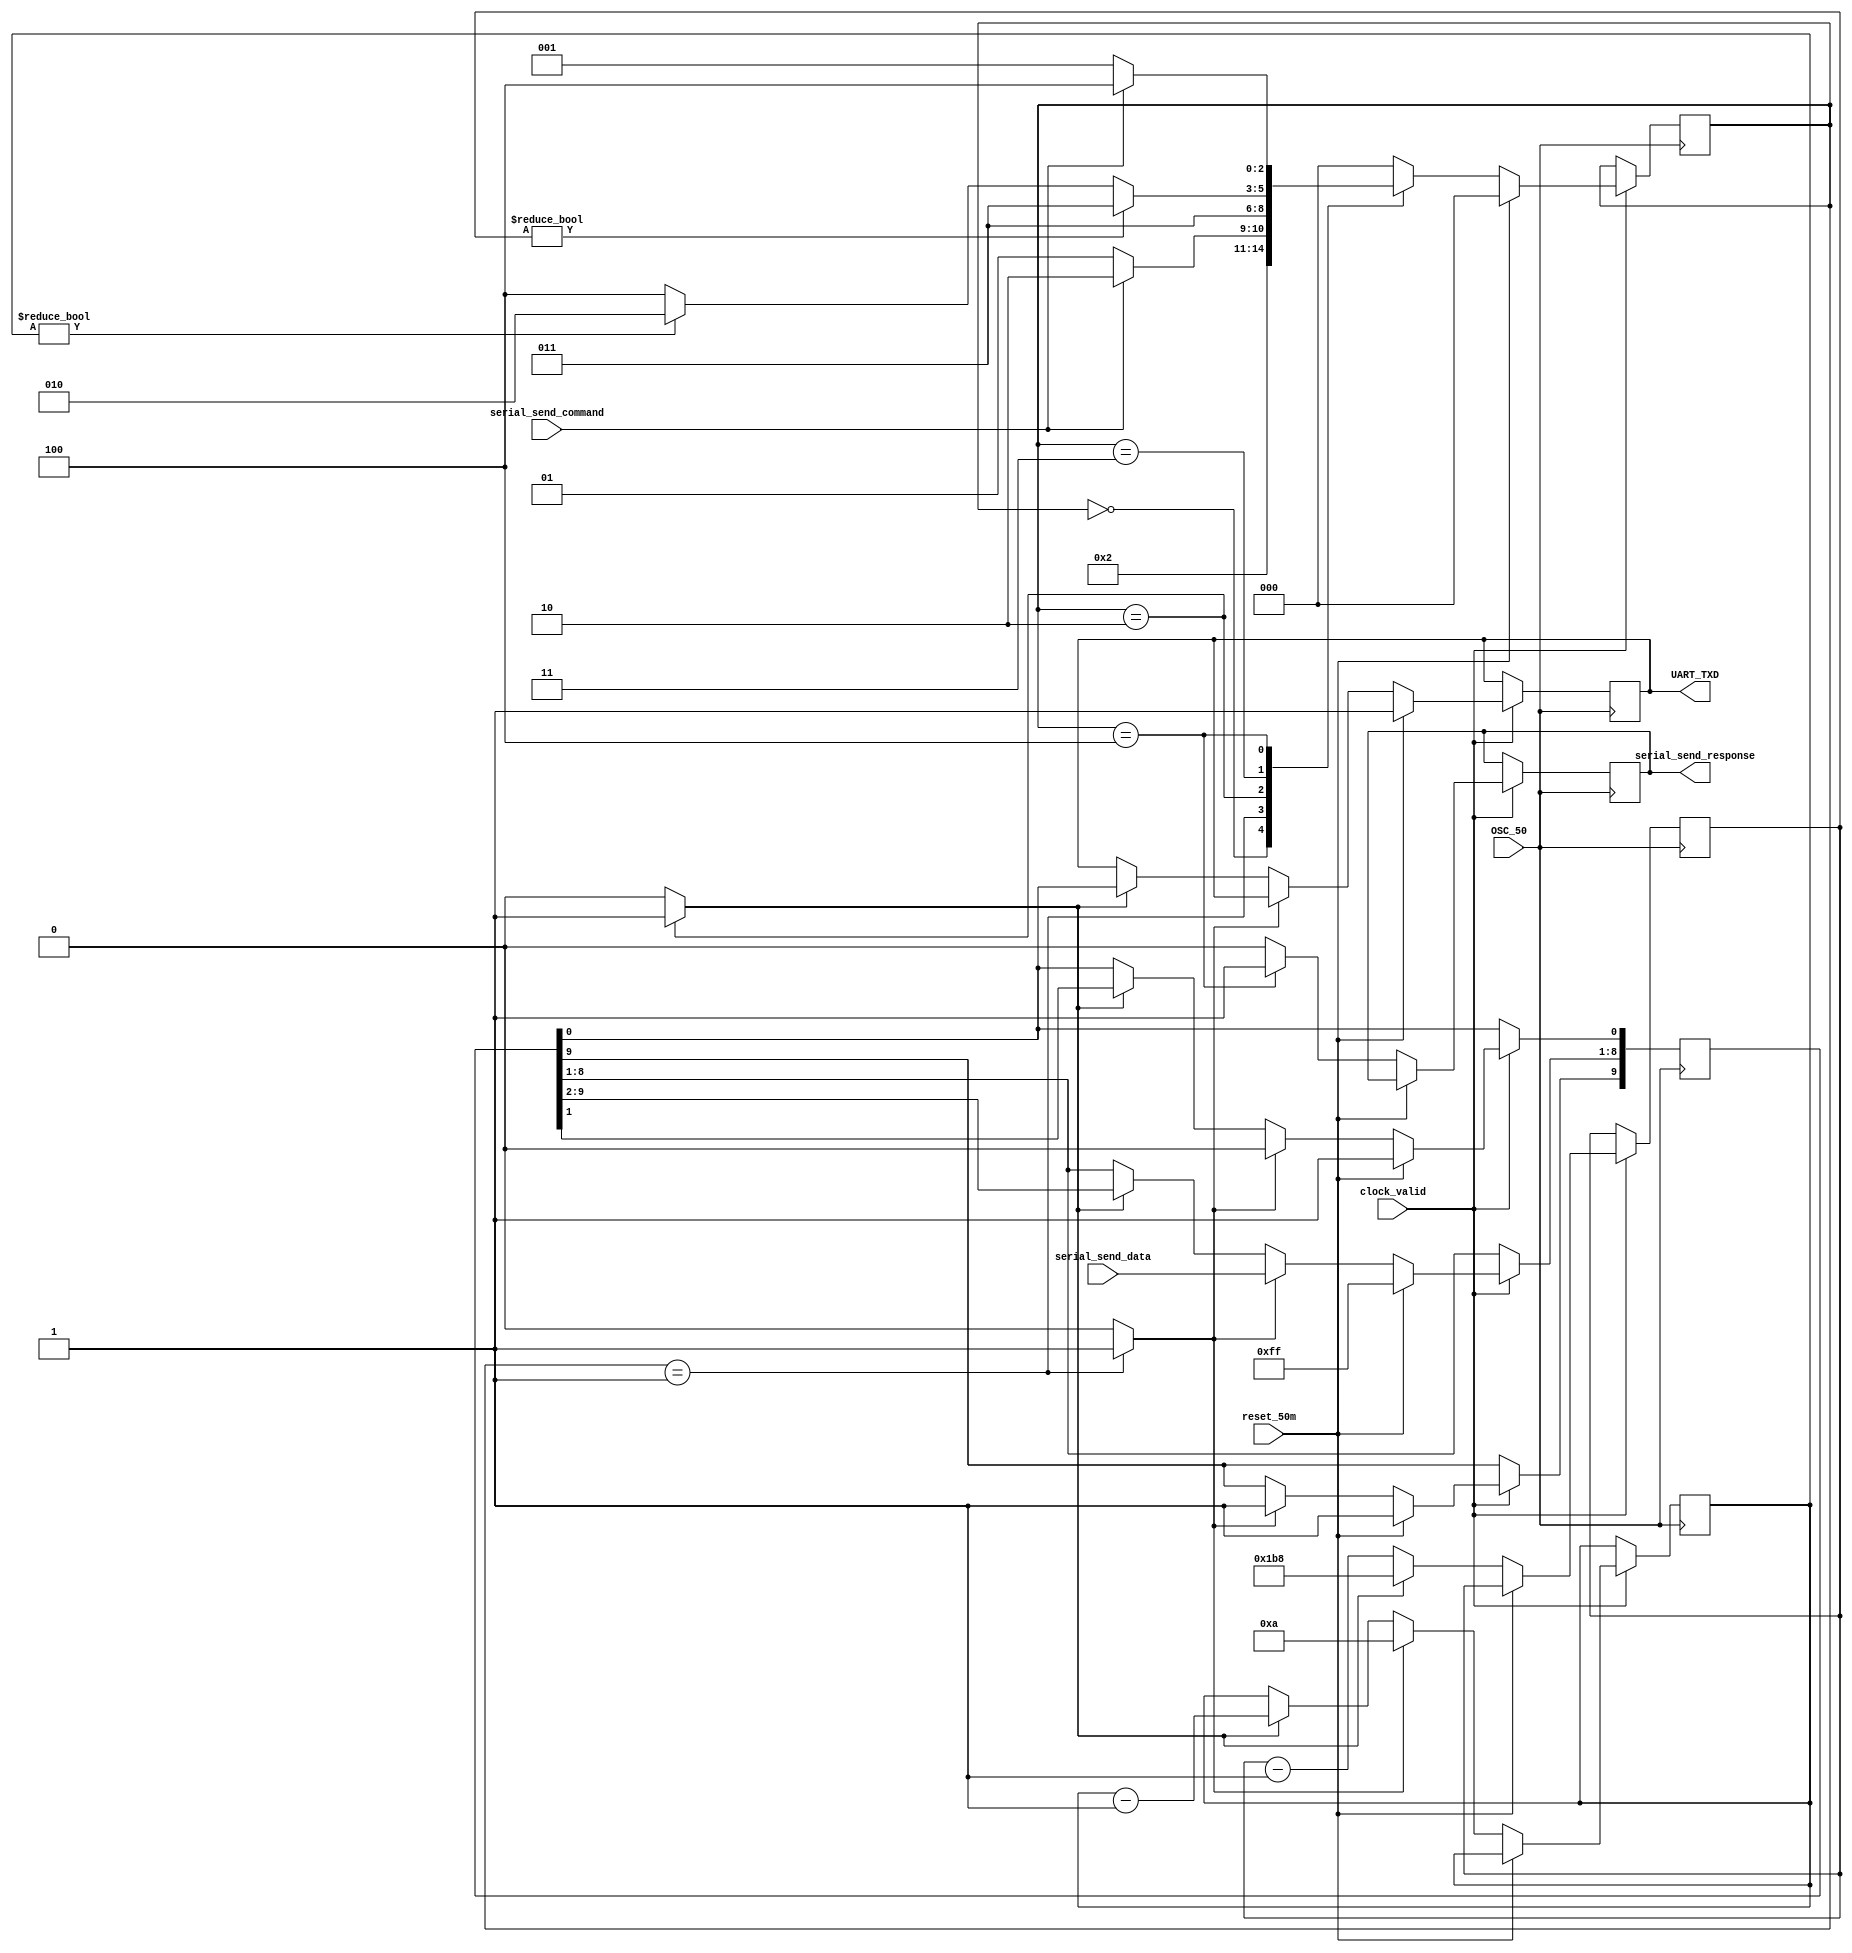
module serial_send(
    input wire OSC_50,
    input wire clock_valid,
    input wire reset_50m,

    output reg UART_TXD,

    input wire serial_send_command,
    output reg serial_send_response,
    input wire [7:0] serial_send_data
    );

    reg [2:0] state;
    reg [2:0] next_state;

    reg [9:0] shift_reg;
    reg shift_reg_load;
    reg shift_reg_shift;

    reg [31:0] timer;
    reg timer_setfull;

    reg [3:0] count;
    reg count_set10;
    reg count_decr;

    reg next_serial_send_response;

    parameter CLOCK_RATE = 32'd50000000;
    parameter BAUD = 32'd113500;        // The standard baud rate would be 115200.
                                        // However, XBee modules can't achieve
                                        // 115200 baud, due to limited clock
                                        // resolution.  The closest baud rate for
                                        // an XBee module is 111111.  So, the
                                        // serial controller uses a rate that
                                        // is close enough to 115200 to communicate
                                        // reliably with a PC (-1.4%), and is close
                                        // enough to 111111 (+2.3%) to communicate
                                        // reliably with an XBee module.


    always @(posedge OSC_50) begin
        if (clock_valid == 1'b0) begin

        end else if (reset_50m == 1'b1) begin
            state <= state_reset;
            UART_TXD <= 1'b1;
            shift_reg <= 10'h3ff;

        end else begin

            if (shift_reg_load == 1'b1) begin
                shift_reg[0] <= 1'b0;                   // start bit
                shift_reg[8:1] <= serial_send_data;
                shift_reg[9] <= 1'b1;                   // stop bit

            end else if (shift_reg_shift == 1'b1) begin
                UART_TXD <= shift_reg[0];       // data is sent LSB first
                shift_reg[8:0] <= shift_reg[9:1];

            end

            if (timer_setfull == 1'b1) begin
                // 1 bit time (in cycles)
                timer <= CLOCK_RATE / BAUD;

            end else begin
                timer <= timer - 32'h1;
            end

            if (count_set10 == 1'b1) begin
                count <= 4'd10;
            end else if (count_decr == 1'b1) begin
                count <= count - 4'd1;
            end

            // register serial_send_response to prevent glitches
            serial_send_response <= next_serial_send_response;

            state <= next_state;

        end

    end

    parameter state_reset       = 3'h0;
    parameter state_idle        = 3'h1;
    parameter state_shift       = 3'h2;
    parameter state_delay       = 3'h3;
    parameter state_response    = 3'h4;

    always @* begin
        next_state = state_reset;
        shift_reg_load = 1'b0;
        shift_reg_shift = 1'b0;
        count_set10 = 1'b0;
        count_decr = 1'b0;
        timer_setfull = 1'b0;
        next_serial_send_response = 1'b0;

        case (state)

            state_reset: begin
                next_state = state_idle;
            end

            state_idle: begin
                // load shift register in case incoming data is valid
                shift_reg_load = 1'b1;
                count_set10 = 1'b1;
                
                if (serial_send_command == 1'b0) begin
                    next_state = state_idle;
                end else begin
                    next_state = state_shift;
                end
            end

            state_shift: begin
                shift_reg_shift = 1'b1;
                count_decr = 1'b1;
                timer_setfull = 1'b1;
                next_state = state_delay;
            end

            state_delay: begin
                if (timer != 32'h0) begin
                    next_state = state_delay;

                end else if (count != 4'h0) begin
                    next_state = state_shift;

                end else begin
                    next_state = state_response;
                end
            end

            state_response: begin
                next_serial_send_response = 1'b1;
                if (serial_send_command == 1'b0) begin
                    next_state = state_idle;
                end else begin
                    next_state = state_response;
                end
            end

        endcase
    end

endmodule